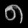
Digit: ၈